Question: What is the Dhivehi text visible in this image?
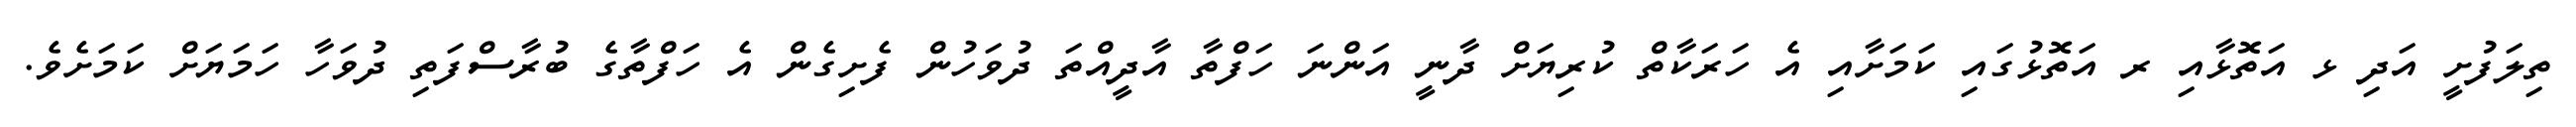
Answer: ތިލަފުށީ އަދި ޅ އަތޮޅާއި ރ އަތޮޅުގައި ކަމަށާއި އެ ހަރަކާތް ކުރިޔަށް ދާނީ އަންނަ ހަފްތާ އާދީއްތަ ދުވަހުން ފެށިގެން އެ ހަފްތާގެ ބުރާސްފަތި ދުވަހާ ހަމަޔަށް ކަމަށެވެ.